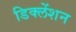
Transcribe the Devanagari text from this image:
डिक्लेंशन